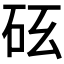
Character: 𥐺